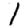
Digit: 1